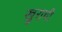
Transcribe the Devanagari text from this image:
खुराची